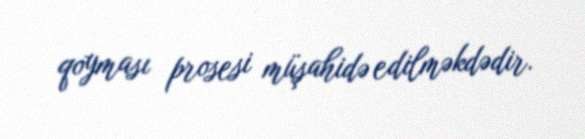
qoyması prosesi müşahidə edilməkdədir.